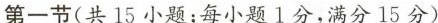
第一节(共15小题;每小题1分,满分15分)